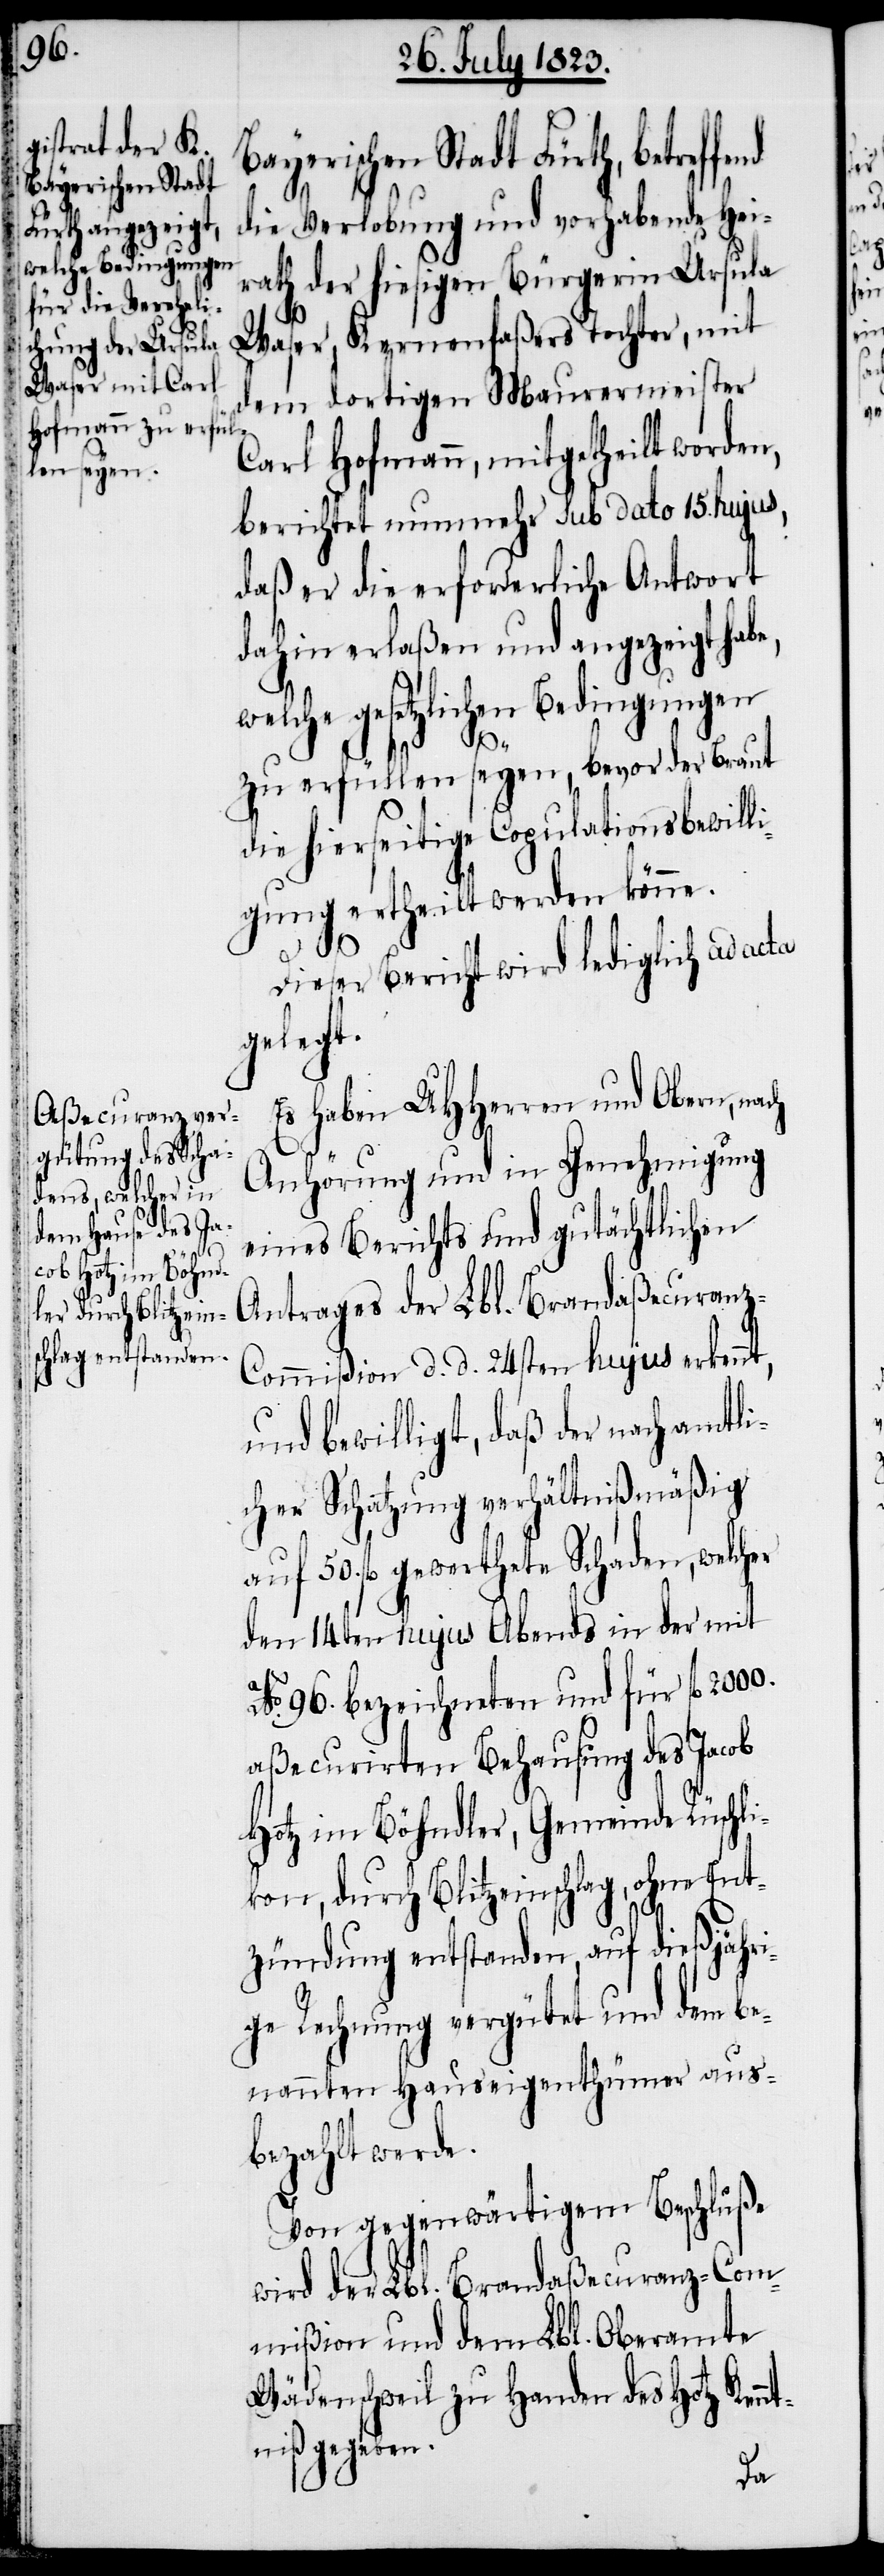
ob

Bayerischen Stadt Fürth, betreffe¬
die Verlobung und vorhabende Hei¬
rath der hiesigen Bürgerin Ursula
Waser, Kernenfaßers Tochter, mit
dem dortigen Maurermeister
Carl Hofmann, mitgetheilt worden,
berichtet nunmehr sub dato 15. hujus,
daß er die erforderliche Antwort
dahin erlaßen und angezeigt habe,
welche gesetzlichen Bedingungen
zu erfüllen seyen, bevor der Braut
die hierseitige Copulationsbewill¬
igung ertheilt werden könne.
Dieser Bericht wird lediglich ad acta
gelegt.
Es haben UHHerren und Obern, na¬
Anhörung und in Genehmigung
eines Berichts und gutächtlichen
Antrages der Lbl. Brandaßecuranz-C¬
ommißion d. d. 24sten hujus erkennt
und bewilligt, daß der nach amtli¬
cher Schatzung verhältnißmäßig
auf 50. fl gewerthete Schaden, welch¬
den 14ten hujus Abends in der mit
No. 96. bezeichneten und für fl 2000.
aßecurirten Behausung des Jac¬
Hotz im Böhndler, Gemeinde Rüschli¬
kon, durch Blitzeinschlag, ohne En¬
tzündung entstanden, auf dießjähri¬
ge Rechnung vergütet und dem be¬
nannten Hauseigenthümer aus¬
bezahlt werde.
Von gegenwärtigem Beschluße
wird der Lbl. Brandaßecuranz-Com¬
mißion und dem Lbl. Oberamte
Wädenschweil zu Handen des Hotz Kenn¬
tniß gegeben.